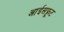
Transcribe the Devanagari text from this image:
आईसफ्रूट